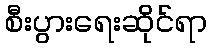
စီးပွားရေးဆိုင်ရာ